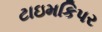
ટાઇમકિપર